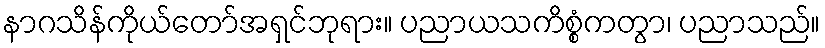
နာဂသိန်ကိုယ်တော်အရှင်ဘုရား။ ပညာယသကိစ္စံကတွာ၊ ပညာသည်။